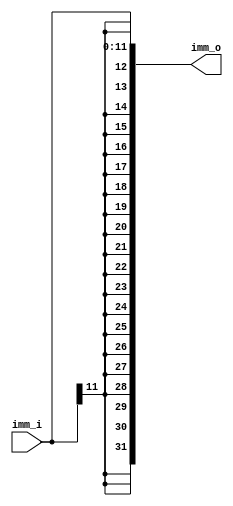
module Sign_Extend(
    input [31:20] imm_i,
    output [31:0] imm_o
);
    
    assign imm_o = {{20{imm_i[31]}}, imm_i};

endmodule